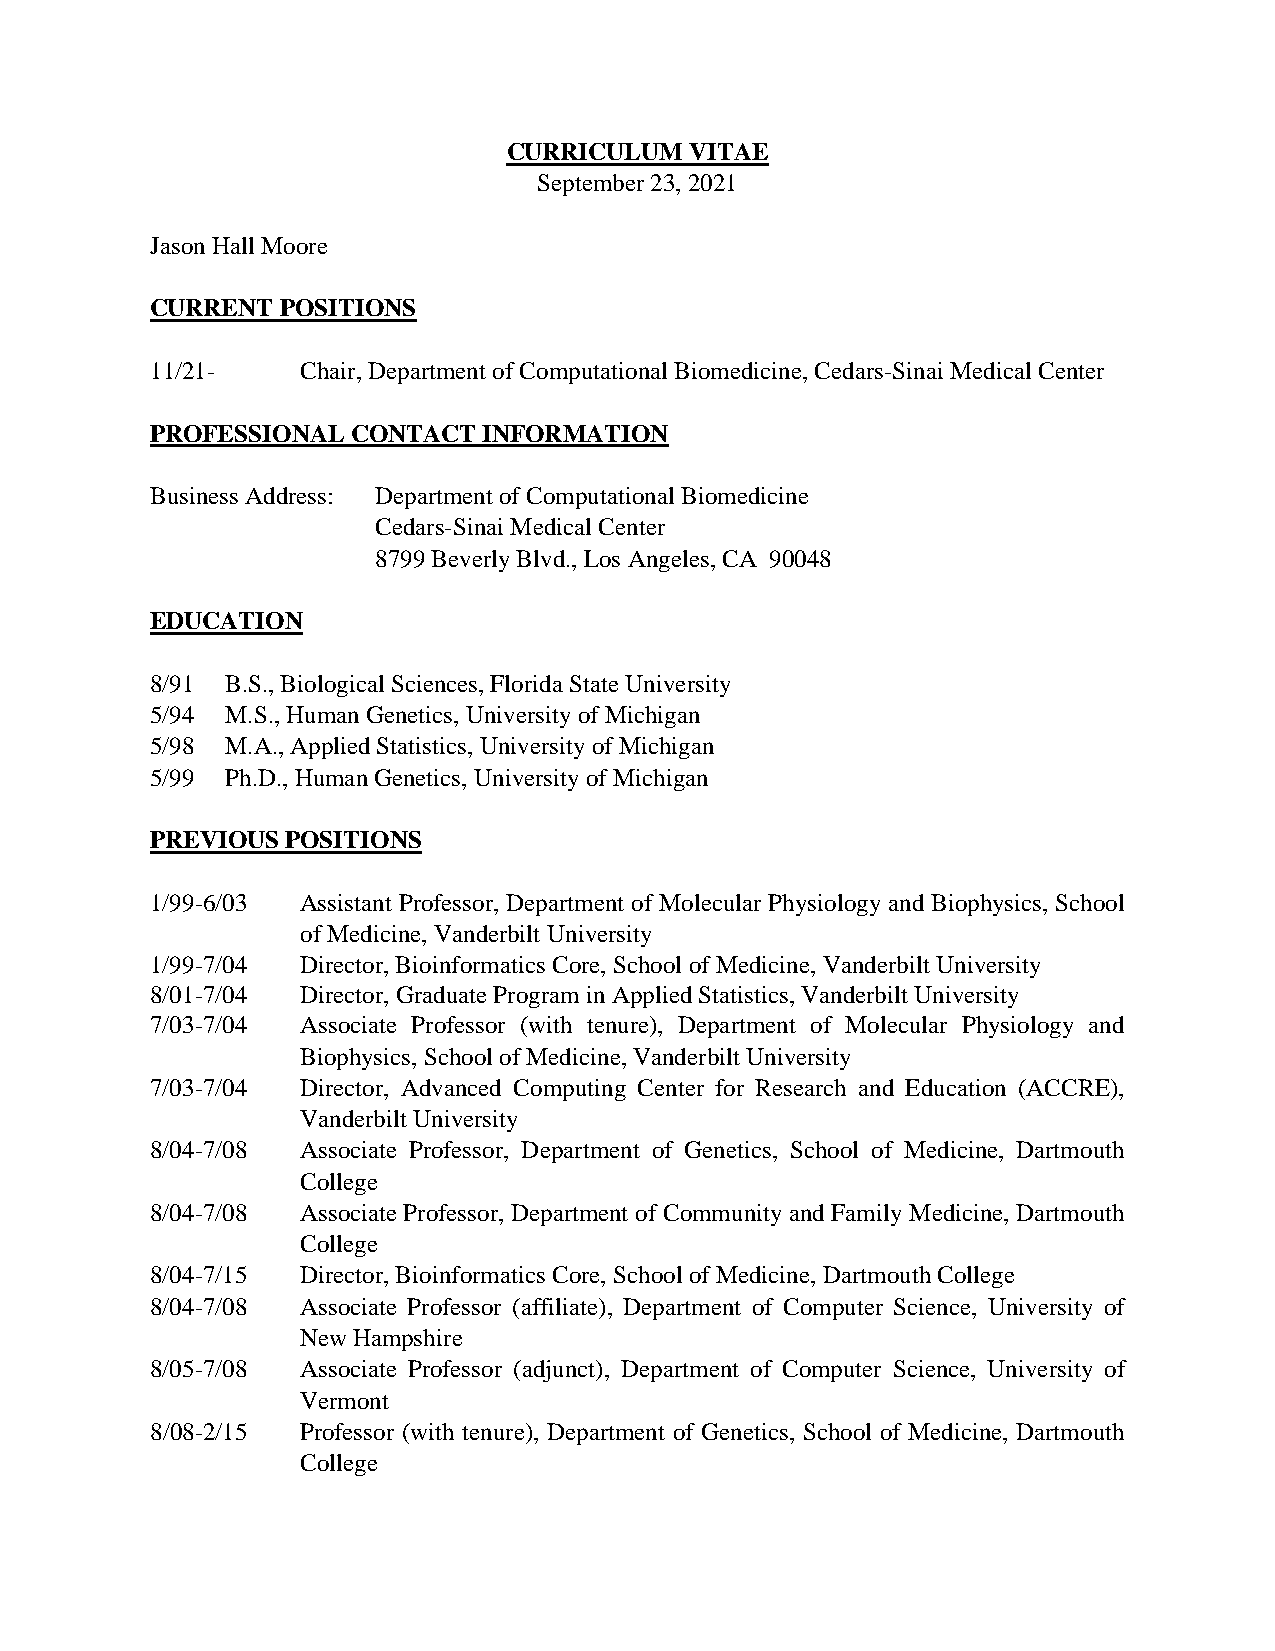
CURRICULUM  VITAE
 September 23, 2021
 Jason Hall Moore
 CURRENT  POSITIONS
 11/21-    Chair, Department of Computational Biomedicine, Cedars-Sinai Medical Center
 PROFESSIONAL CONTACT  INFORMATION
 Business Address: Department of Computational Biomedicine
 Cedars-Sinai Medical Center
 8799 Beverly Blvd., Los Angeles, CA 90048
 EDUCATION
 8/91 B.S., Biological Sciences, Florida State University
 5/94 M.S., Human Genetics, University of Michigan
 5/98 M.A., Applied Statistics, University of Michigan
 5/99 Ph.D., Human Genetics, University of Michigan
 PREVIOUS POSITIONS
 1/99-6/03 Assistant Professor, Department of Molecular Physiology and Biophysics, School
 of Medicine, Vanderbilt University
 1/99-7/04 Director, Bioinformatics Core, School of Medicine, Vanderbilt University
 8/01-7/04 Director, Graduate Program in Applied Statistics, Vanderbilt University
 7/03-7/04 Associate Professor (with tenure), Department of Molecular Physiology and
 Biophysics, School of Medicine, Vanderbilt University
 7/03-7/04 Director, Advanced Computing Center for Research and Education (ACCRE),
 Vanderbilt University
 8/04-7/08 Associate Professor, Department of Genetics, School of Medicine, Dartmouth
 College
 8/04-7/08 Associate Professor, Department of Community and Family Medicine, Dartmouth
 College
 8/04-7/15 Director, Bioinformatics Core, School of Medicine, Dartmouth College
 8/04-7/08 Associate Professor (affiliate), Department of Computer Science, University of
 New Hampshire
 8/05-7/08 Associate Professor (adjunct), Department of Computer Science, University of
 Vermont
 8/08-2/15 Professor (with tenure), Department of Genetics, School of Medicine, Dartmouth
 College